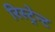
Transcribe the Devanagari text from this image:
रिस्ट्रेन्ट